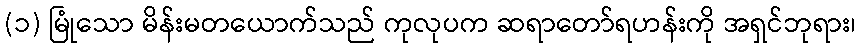
(၁) မြုံသော မိန်းမတယောက်သည် ကုလုပက ဆရာတော်ရဟန်းကို အရှင်ဘုရား၊